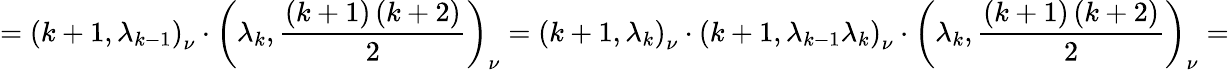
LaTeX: =\left(k+1,\lambda_{k-1}\right)_{\nu}\cdot\left(\lambda_{k},\frac{\left(k+1\right)\left(k+2\right)}{2}\right)_{\nu}=\left(k+1,\lambda_{k}\right)_{\nu}\cdot\left(k+1,\lambda_{k-1}\lambda_{k}\right)_{\nu}\cdot\left(\lambda_{k},\frac{\left(k+1\right)\left(k+2\right)}{2}\right)_{\nu}=